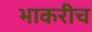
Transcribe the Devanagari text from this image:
भाकरीच